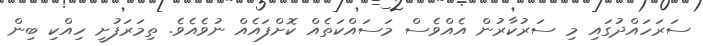
ސަރަހައްދުގައި މި ސަރުކާރުން އެއްވެސް މަސައްކަތެއް ކޮށްފައެއް ނުވެއެވެ. ތިމަރަފުށީ ހިއްކި ބިން